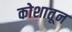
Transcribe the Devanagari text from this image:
कोशातून